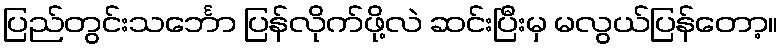
ပြည်တွင်းသင်္ဘော ပြန်လိုက်ဖို့လဲ ဆင်းပြီးမှ မလွယ်ပြန်တော့။